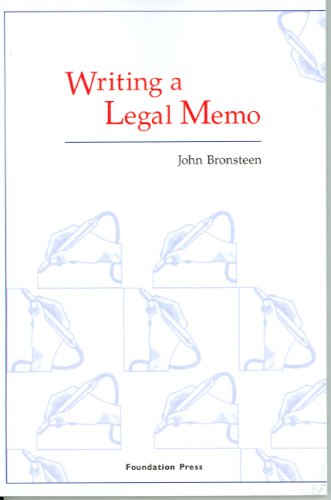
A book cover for Writing a Legal Memo (University Casebook Series); John Bronsteen; Law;